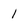
Character: 1